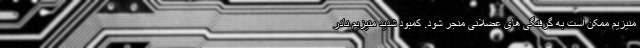
منیزیم ممکن است به گرفتگی های عضلانی منجر شود. کمبود شدید منیزیم نادر